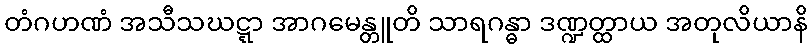
တံဂဟဏံ အသီသဃဋ္ဋာ အာဂမေန္တူတိ သာရဂန္ဓာ ဒဏ္ဍတ္ထာယ အတုလိယာနိ